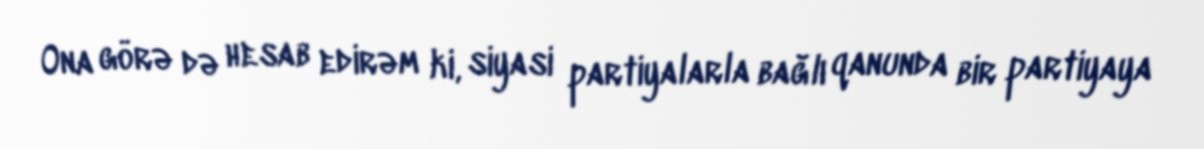
Ona görə də hesab edirəm ki, siyasi partiyalarla bağlı qanunda bir partiyaya